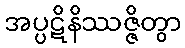
အပ္ပဋိနိဿဇ္ဇိတွာ